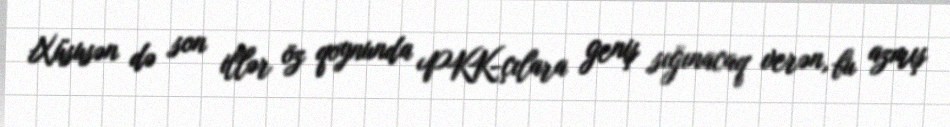
Xüsusən də son illər öz qoynunda PKK-çılara geniş sığınacaq verən, bu azmış